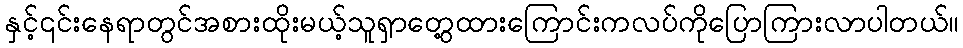
နှင့်၎င်းနေရာတွင်အစားထိုးမယ့်သူရှာတွေ့ထားကြောင်းကလပ်ကိုပြောကြားလာပါတယ်။